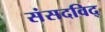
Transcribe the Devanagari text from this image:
संसदविद्‌